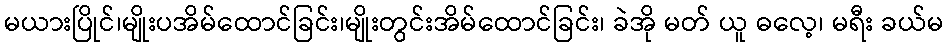
မယားပြိုင်၊မျိုးပအိမ်ထောင်ခြင်း၊မျိုးတွင်းအိမ်ထောင်ခြင်း၊ ခဲအို မတ် ယူ ဓလေ့၊ မရီး ခယ်မ